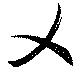
乂